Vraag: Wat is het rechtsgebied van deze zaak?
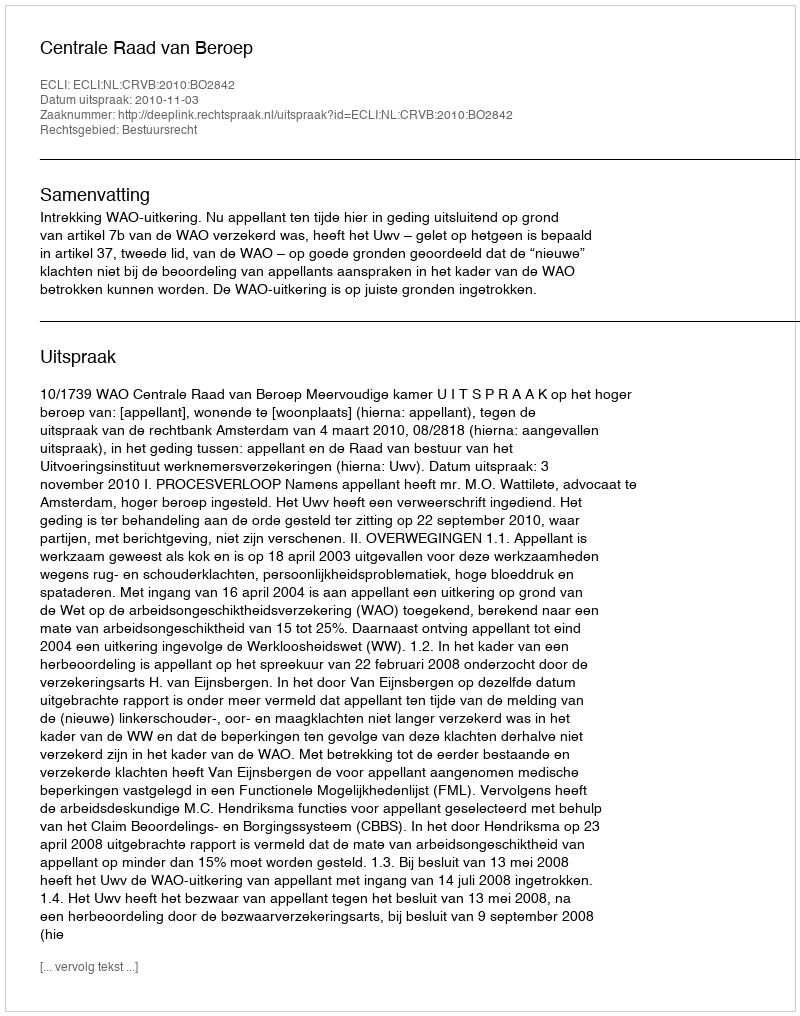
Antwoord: Bestuursrecht